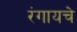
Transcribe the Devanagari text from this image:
रंगायचे